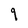
Character: 9